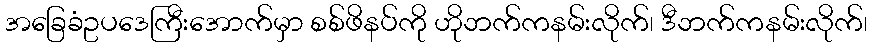
အခြေခံဥပဒေကြီးအောက်မှာ စစ်ဖိနပ်ကို ဟိုဘက်ကနမ်းလိုက်၊ ဒီဘက်ကနမ်းလိုက်၊